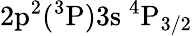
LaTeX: \mathrm{2p^{2}(^{3}P)3s~^{4}P_{3/2}}